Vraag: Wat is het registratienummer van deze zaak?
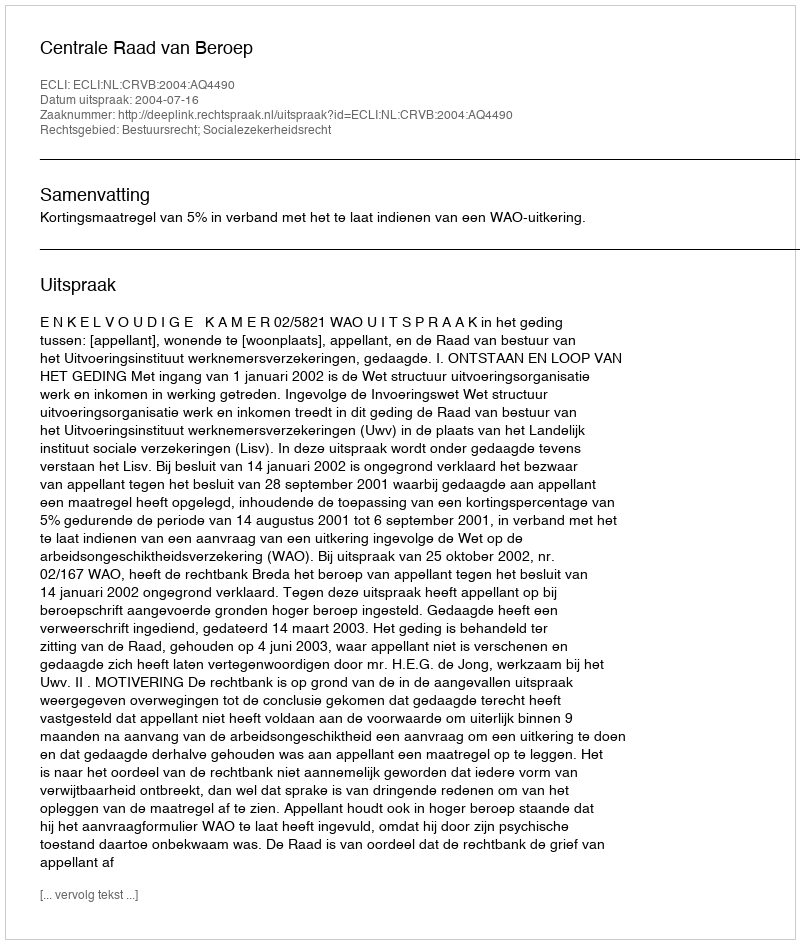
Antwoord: http://deeplink.rechtspraak.nl/uitspraak?id=ECLI:NL:CRVB:2004:AQ4490